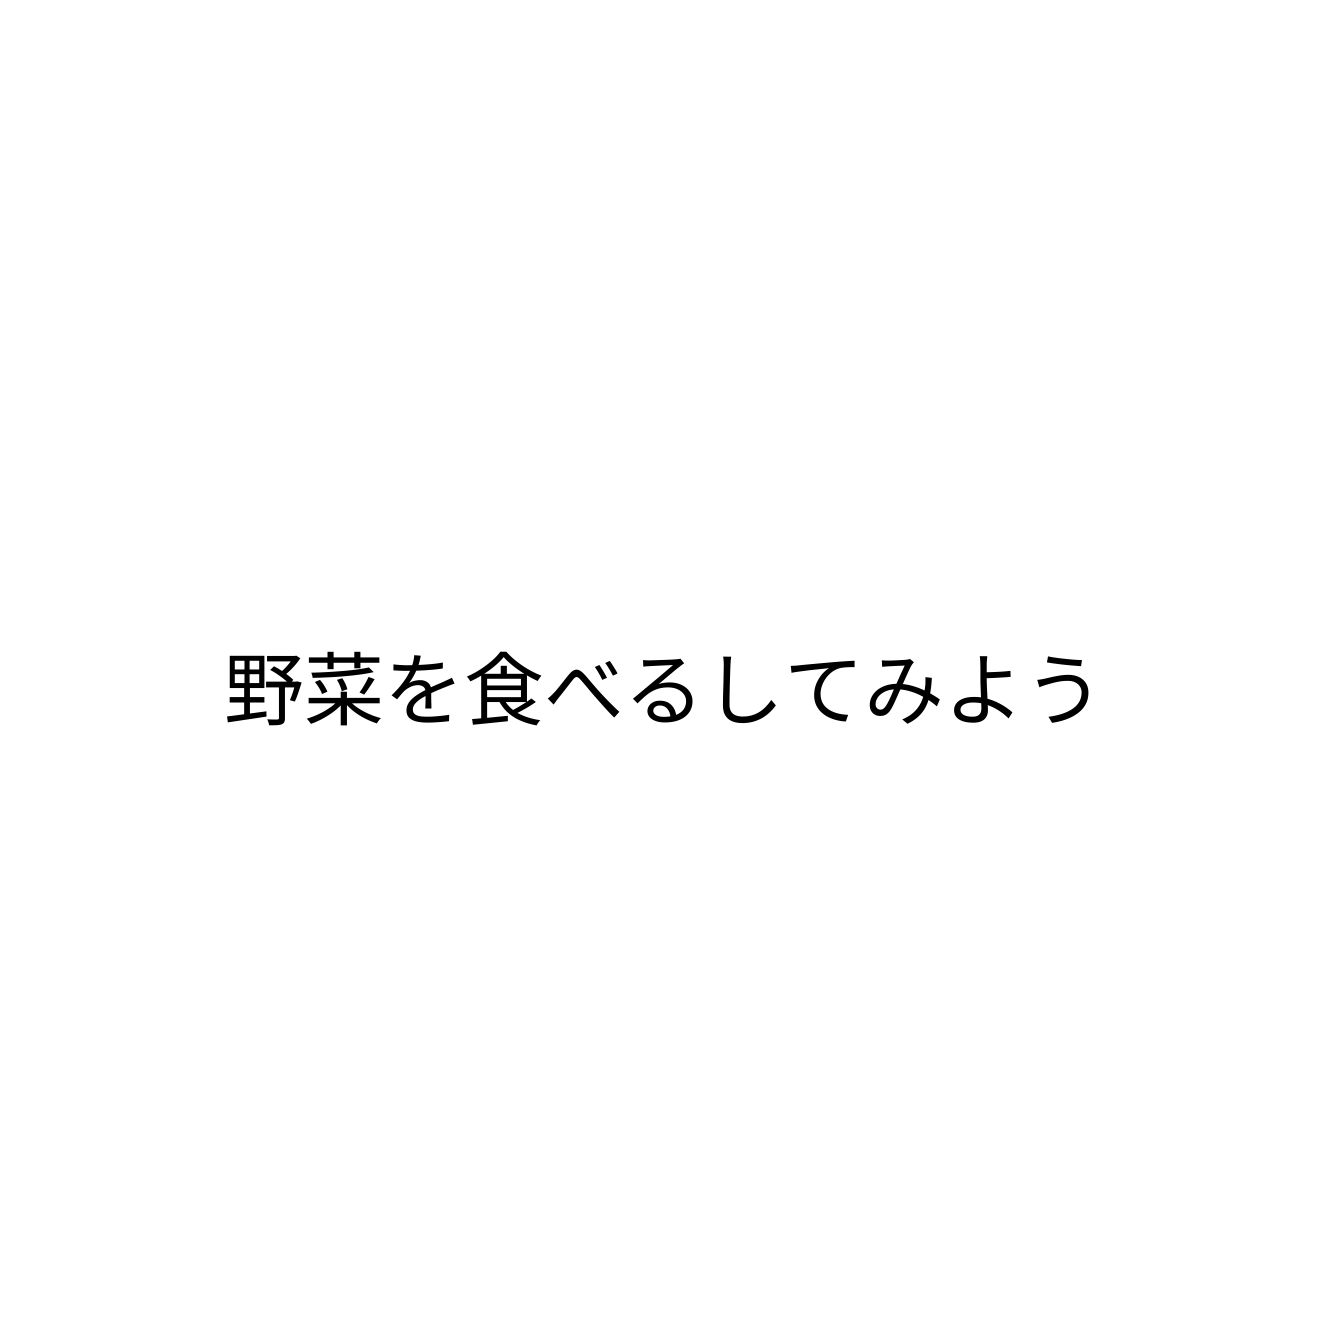
野菜を食べるしてみよう